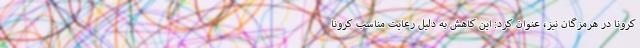
کرونا در هرمزگان نیز، عنوان کرد: این کاهش به دلیل رعایت مناسب کرونا